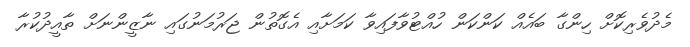
މެދުވެރިކޮށް ހިންގާ ބައެއް ކަންކަން ހުއްޓުވާފައިވާ ކަމަށާއި އެގޮތުން ޖަރުމަނުގައި ނާޒީންނަށް ތާއީދުކުރާ